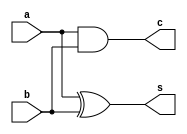
`timescale 1ns / 1ps
//////////////////////////////////////////////////////////////////////////////////
// Company: 
// Engineer: 
// 
// Design Name: 
// Module Name: half_adder_gm
// Project Name: 
// Target Devices: 
// Tool Versions: 
// Description: 
// 
// Dependencies: 
// 
// Revision:
// Revision 0.01 - File Created
// Additional Comments:
// 
//////////////////////////////////////////////////////////////////////////////////


module half_adder_gm(
input a,b,
output s,c
    );
    xor(s,a,b);
    and(c,a,b);
endmodule